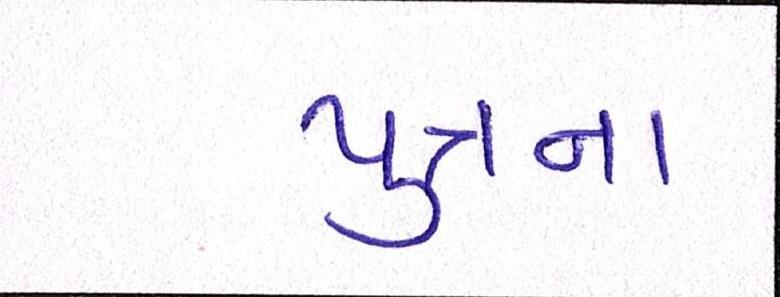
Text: પુત્રના